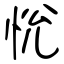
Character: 恱